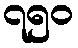
၇၅၀